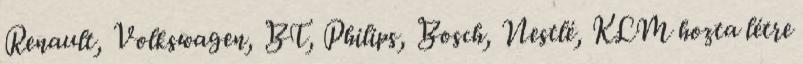
Renault, Volkswagen, BT, Philips, Bosch, Nestlé, KLM hozta létre